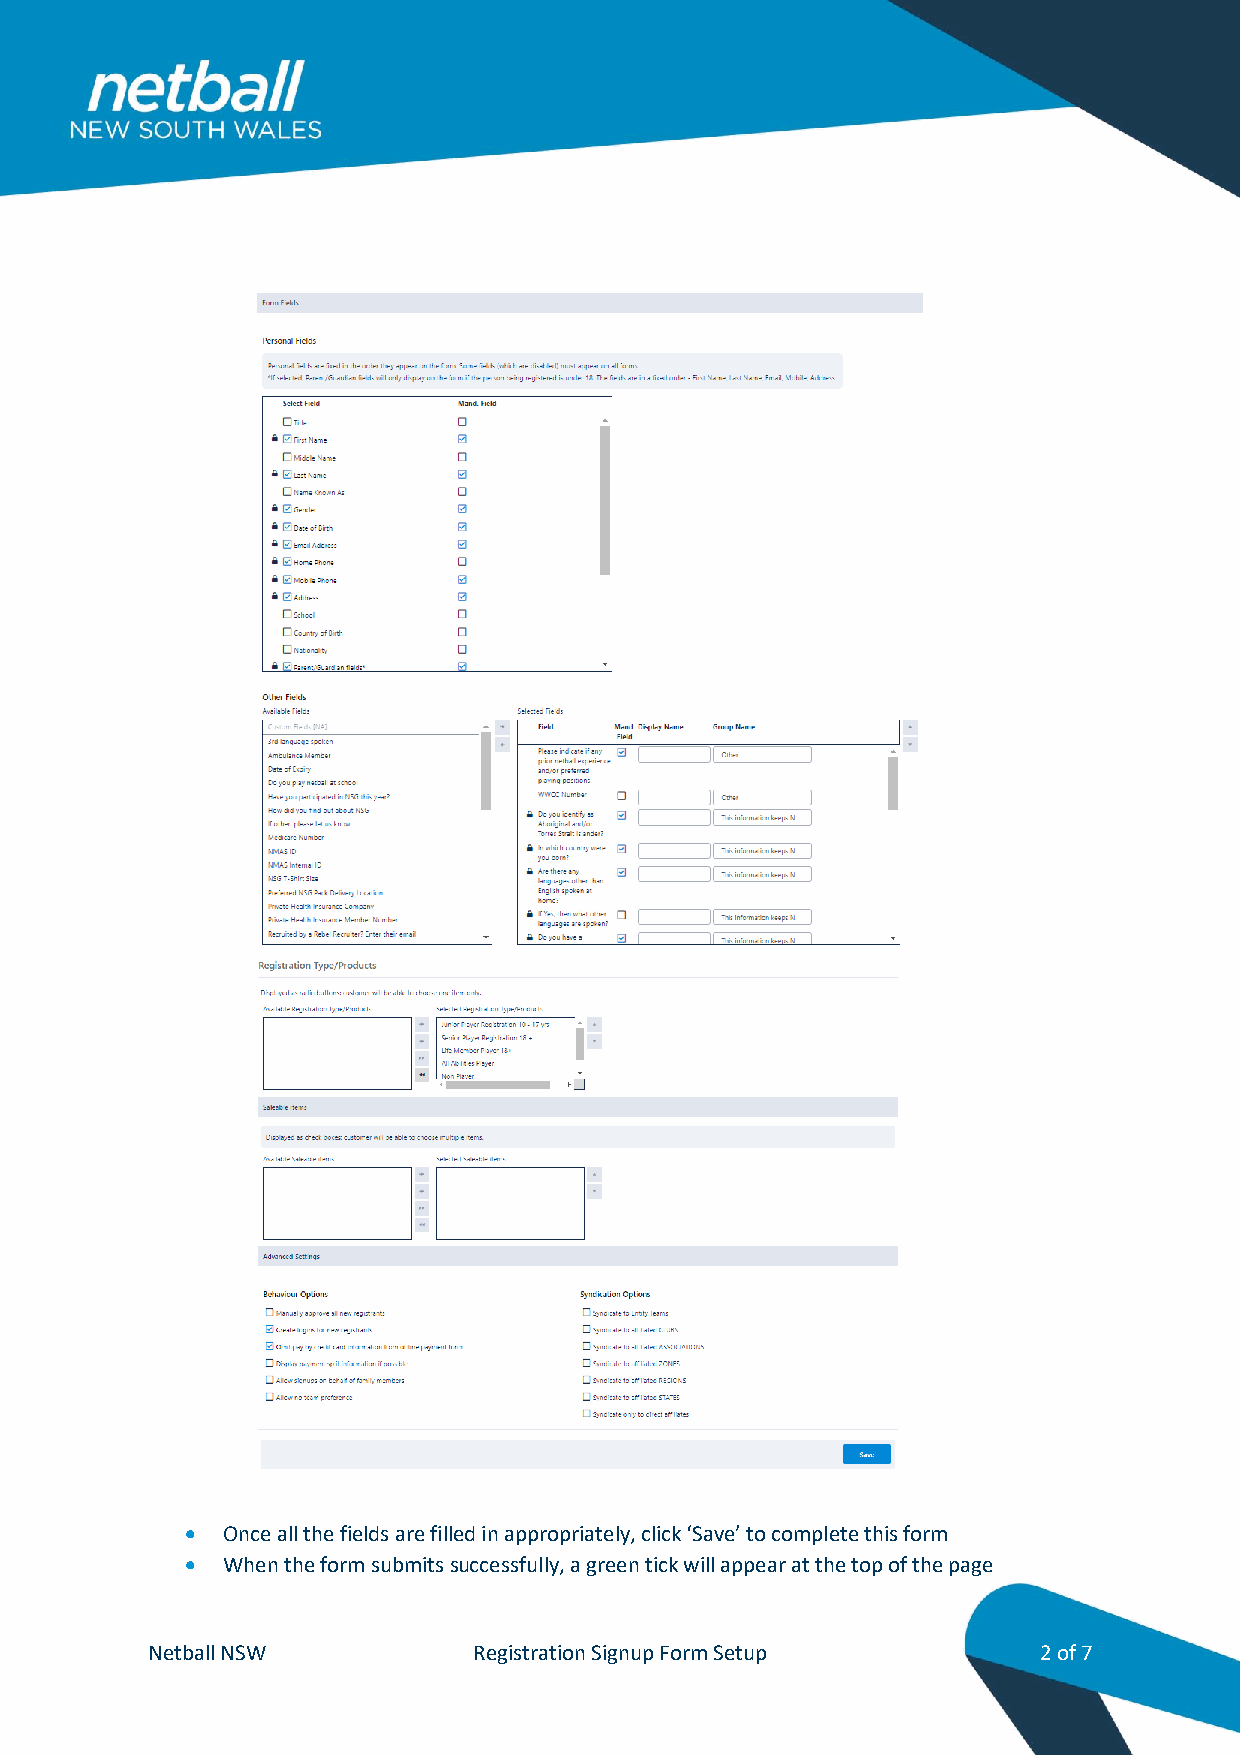
  Once all the fields are filled in appropriately, click ‘Save’ to complete this form
   When the form submits successfully, a green tick will appear at the top of the page
 Netball NSW          Registration Signup Form Setup        2 of 7